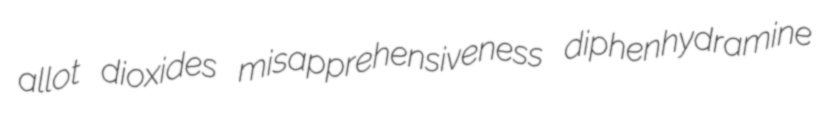
allot dioxides misapprehensiveness diphenhydramine